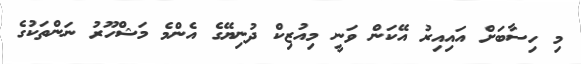
މި ހިސާބަށް އައިއިރު އޭކަން ވަނީ މިއުޒިކް ދުނިޔޭގެ އެންމެ މަޝްހޫރު ނަންތަކުގެ